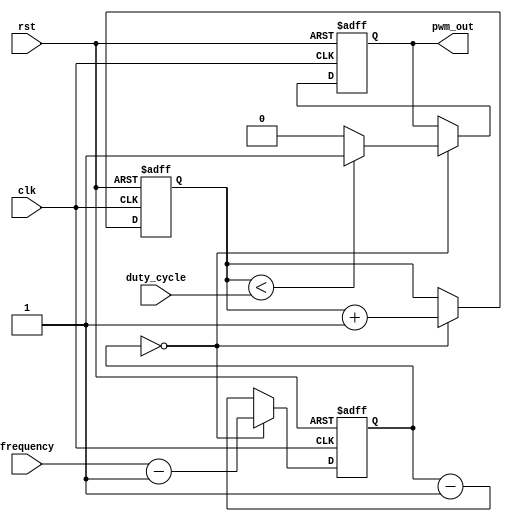
module pwm_pulse_generator (
    input wire clk,
    input wire rst,
    input wire [7:0] duty_cycle,
    input wire [15:0] frequency,
    output reg pwm_out
);

reg [15:0] timer;
reg [7:0] pwm_count;

always @(posedge clk or posedge rst) begin
    if (rst) begin
        timer <= 0;
        pwm_count <= 0;
        pwm_out <= 0;
    end else begin
        if (timer == 0) begin
            timer <= frequency - 1;
            pwm_count <= pwm_count + 1;
            pwm_out <= (pwm_count < duty_cycle) ? 1 : 0;
        end else begin
            timer <= timer - 1;
        end
    end
end

endmodule